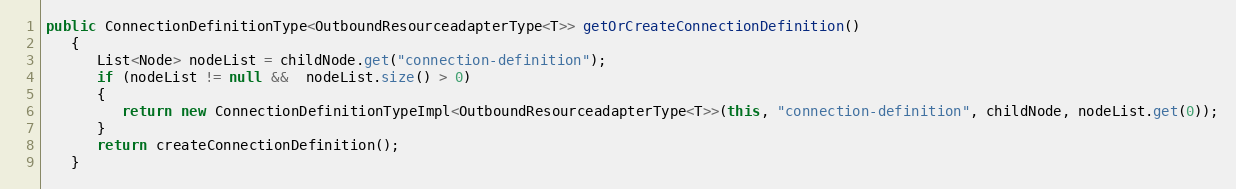
Language: Java
public ConnectionDefinitionType<OutboundResourceadapterType<T>> getOrCreateConnectionDefinition()
   {
      List<Node> nodeList = childNode.get("connection-definition");
      if (nodeList != null &&  nodeList.size() > 0)
      {
         return new ConnectionDefinitionTypeImpl<OutboundResourceadapterType<T>>(this, "connection-definition", childNode, nodeList.get(0));
      }
      return createConnectionDefinition();
   }